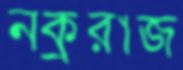
নক্ররাজ